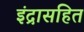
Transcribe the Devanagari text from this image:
इंद्रासहित